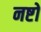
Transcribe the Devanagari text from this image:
नष्टो